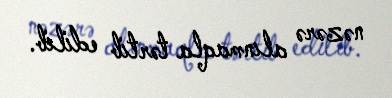
nəzərə alınmaqla tərtib edilib.